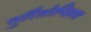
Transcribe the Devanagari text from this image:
तुर्रितोप्सिस